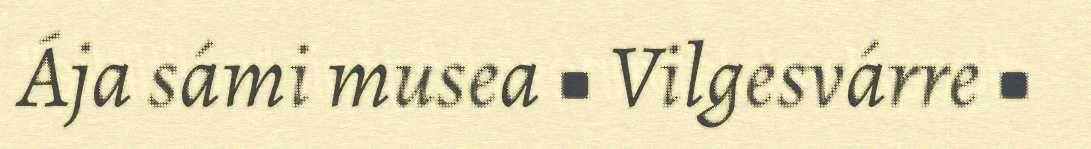
Ája sámi musea ■ Vilgesvárre ■